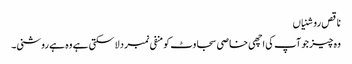
ناقص روشنیاں
وہ چیز جو آپ کی اچھی خاصی سجاوٹ کو منفی نمبر دلا سکتی ہے وہ ہے روشنی۔